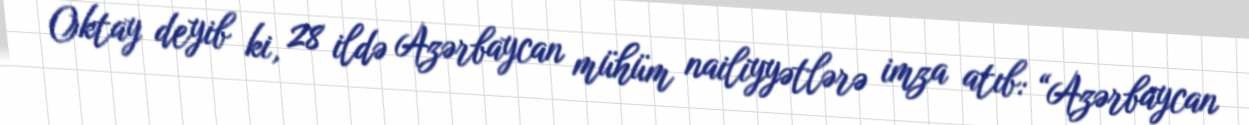
Oktay deyib ki, 28 ildə Azərbaycan mühüm nailiyyətlərə imza atıb: “Azərbaycan